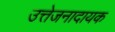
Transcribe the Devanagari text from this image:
उत्तेजनादायक